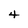
Character: 4